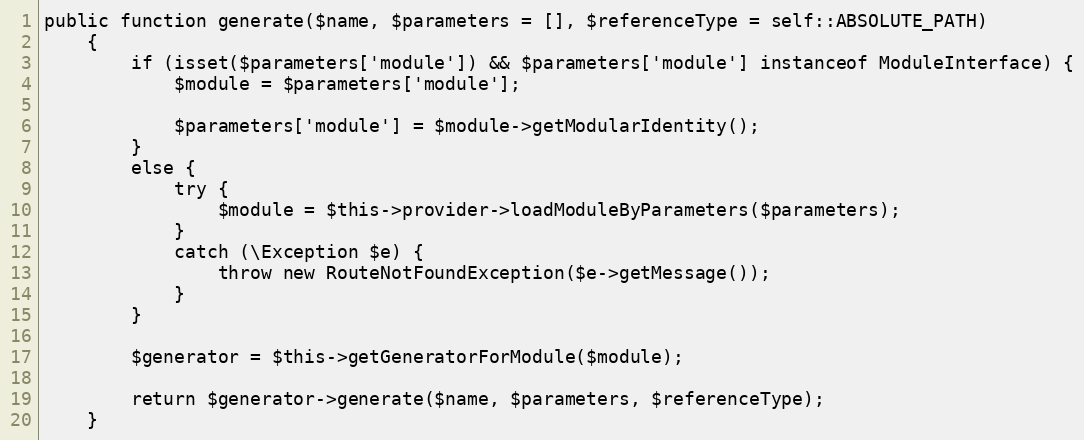
Language: PHP
public function generate($name, $parameters = [], $referenceType = self::ABSOLUTE_PATH)
    {
        if (isset($parameters['module']) && $parameters['module'] instanceof ModuleInterface) {
            $module = $parameters['module'];

            $parameters['module'] = $module->getModularIdentity();
        }
        else {
            try {
                $module = $this->provider->loadModuleByParameters($parameters);
            }
            catch (\Exception $e) {
                throw new RouteNotFoundException($e->getMessage());
            }
        }

        $generator = $this->getGeneratorForModule($module);

        return $generator->generate($name, $parameters, $referenceType);
    }